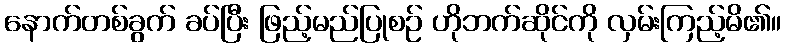
နောက်တစ်ခွက် ခပ်ပြီး ဖြည့်မည်ပြုစဉ် ဟိုဘက်ဆိုင်ကို လှမ်းကြည့်မိ၏။